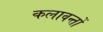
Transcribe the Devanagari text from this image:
कलावन्तों